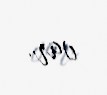
var.